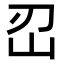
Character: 𡵑